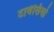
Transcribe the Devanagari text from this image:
टार्वेसियो